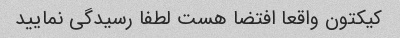
کیکتون واقعا افتضا هست لطفا رسیدگی نمایید